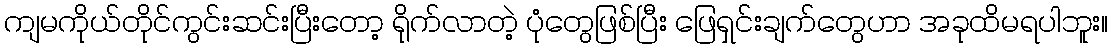
ကျမကိုယ်တိုင်ကွင်းဆင်းပြီးတော့ ရိုက်လာတဲ့ ပုံတွေဖြစ်ပြီး ဖြေရှင်းချက်တွေဟာ အခုထိမရပါဘူး။